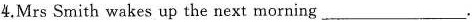
4. Mrs Smith wakes up the next morning ___.